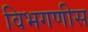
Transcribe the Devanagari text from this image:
विभगणीस